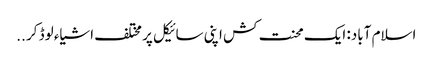
اسلام آباد: ایک محنت کش اپنی سائیکل پر مختلف اشیاء لوڈ کر ..